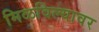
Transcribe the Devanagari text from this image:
मिळविल्यावर